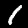
Digit: 1